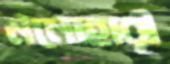
মনোহারী